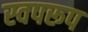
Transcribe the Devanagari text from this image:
स्वपरूप